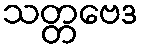
သတ္တဗေဒ